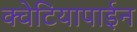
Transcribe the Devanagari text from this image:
क्वेटियापाईन